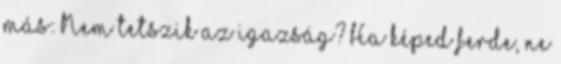
más: Nem tetszik az igazság? Ha képed ferde, ne